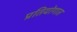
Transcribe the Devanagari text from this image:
प्रतियोगात